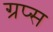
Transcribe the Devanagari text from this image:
ग्रप्स